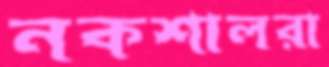
নকশালরা